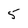
Character: 5